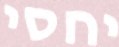
יחסי